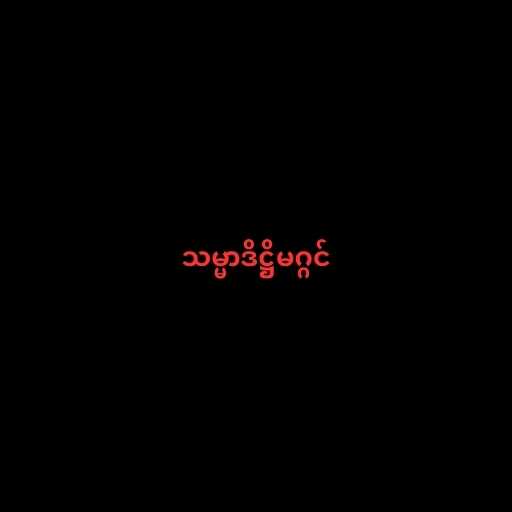
သမ္မာဒိဋ္ဌိမဂ္ဂင်